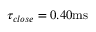
\tau _ { c l o s e } = 0 . 4 0 \mathrm { m s }